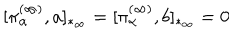
LaTeX: [ \pi _ { \alpha } ^ { ( \infty ) } , a ] _ { * _ { \infty } } = [ \pi _ { \alpha } ^ { ( \infty ) } , b ] _ { * _ { \infty } } = 0